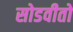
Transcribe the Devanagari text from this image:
सोडवीतो